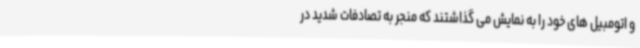
و اتومبیل های خود را به نمایش می گذاشتند که منجر به تصادفات شدید در